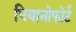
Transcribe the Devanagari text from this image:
पियानोफोर्ट